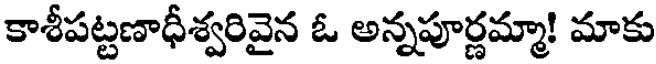
కాశీపట్టణాధీశ్వరివైన ఓ అన్నపూర్ణమ్మా! మాకు